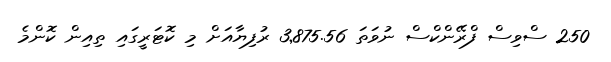
250 ސްވިސް ފްރޭންކްސް ނުވަތަ 3